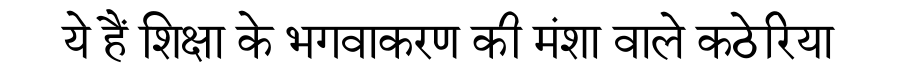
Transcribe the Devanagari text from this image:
ये हैं शिक्षा के भगवाकरण की मंशा वाले कठेरिया